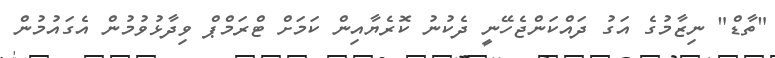
"ތާޑް" ނިޒާމުގެ އަގު ދައްކަންޖެހޭނީ ދެކުނު ކޮރެޔާއިން ކަމަށް ޓްރަމްޕް ވިދާޅުވުމުން އެގައުމުން